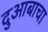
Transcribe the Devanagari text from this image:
दुआबाचा